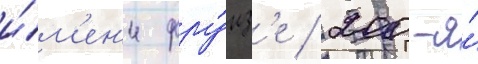
и́м'ен'и фру́нз'е / 200-я́